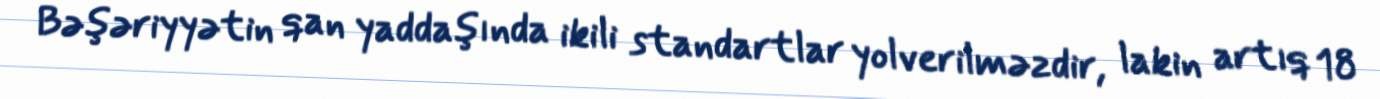
Bəşəriyyətin qan yaddaşında ikili standartlar yolverilməzdir, lakin artıq 18